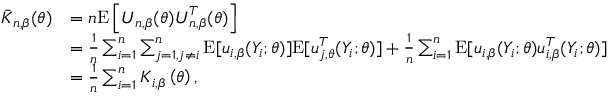
\begin{array} { r l } { \boldsymbol { \bar { K } } _ { n , \beta } ( \boldsymbol { \theta } ) } & { = n \mathrm { E } \left[ \boldsymbol { U } _ { n , \beta } ( \boldsymbol { \theta } ) \boldsymbol { U } _ { n , \beta } ^ { T } ( \boldsymbol { \theta } ) \right] } \\ & { = \frac { 1 } { n } \sum _ { i = 1 } ^ { n } \sum _ { j = 1 , j \neq i } ^ { n } \mathrm { E } [ \boldsymbol { u } _ { i , \beta } ( Y _ { i } ; \boldsymbol { \theta } ) ] \mathrm { E } [ \boldsymbol { u } _ { j , \boldsymbol { \theta } } ^ { T } ( Y _ { i } ; \boldsymbol { \theta } ) ] + \frac { 1 } { n } \sum _ { i = 1 } ^ { n } \mathrm { E } [ \boldsymbol { u } _ { i , \beta } ( Y _ { i } ; \boldsymbol { \theta } ) \boldsymbol { u } _ { i , \beta } ^ { T } ( Y _ { i } ; \boldsymbol { \theta } ) ] } \\ & { = \frac { 1 } { n } \sum _ { i = 1 } ^ { n } \boldsymbol { K } _ { i , \beta } \left( \boldsymbol { \theta } \right) , } \end{array}